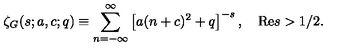
\zeta _ { G } ( s ; a , c ; q ) \equiv \sum _ { n = - \infty } ^ { \infty } \left[ a ( n + c ) ^ { 2 } + q \right] ^ { - s } , \quad \mathrm { R e } s > 1 / 2 .